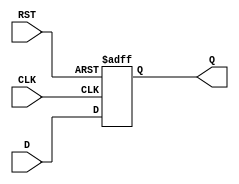
module input_register (
    input wire [N-1:0] D,      // Data input (N-bit wide)
    input wire CLK,             // Clock input
    input wire RST,             // Reset input
    output reg [N-1:0] Q        // Data output (N-bit wide)
);
    parameter N = 8; // Define the width of the register (8 bits as default)

    // Always block triggered on clock edge or reset
    always @(posedge CLK or posedge RST) begin
        if (RST) begin
            Q <= {N{1'b0}}; // Asynchronous reset: set Q to 0
        end else begin
            Q <= D;         // Capture data on rising edge of CLK
        end
    end
endmodule